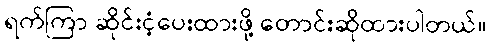
ရက်ကြာ ဆိုင်းငံ့ပေးထားဖို့ တောင်းဆိုထားပါတယ်။